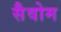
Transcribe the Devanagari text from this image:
सैवोम